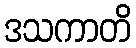
ဒသကာတိ